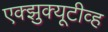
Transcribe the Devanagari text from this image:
एक्झुक्यूटीव्ह